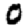
Digit: 0